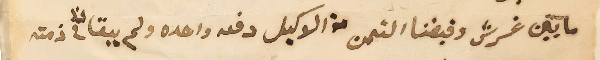
مايتين غرش وقبضنا الثمن من الوكيل دفعه واحده ولم يبقا لنا فى ذمته